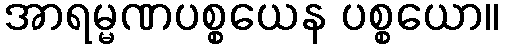
အာရမ္မဏပစ္စယေန ပစ္စယော။